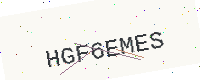
Text: HGF6EMES